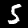
Label: 5